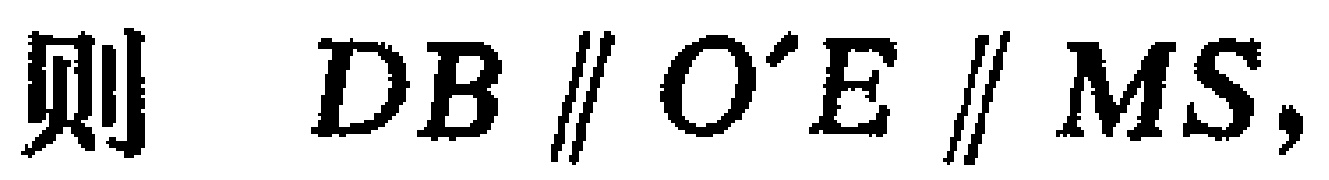
则 \(DB \parallel O'E \parallel MS,\)